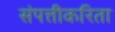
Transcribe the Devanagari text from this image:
संपत्तीकरिता